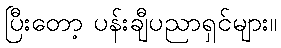
ပြီးတော့ ပန်းချီပညာရှင်များ။